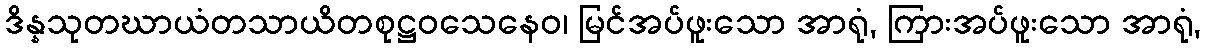
ဒိန္နသုတဃာယံတသာယိတစုဋ္ဌဝသေနေဝ၊ မြင်အပ်ဖူးသော အာရုံ, ကြားအပ်ဖူးသော အာရုံ,